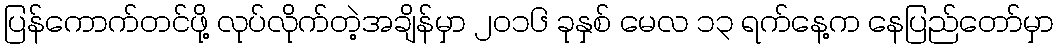
ပြန်ကောက်တင်ဖို့ လုပ်လိုက်တဲ့အချိန်မှာ ၂၀၁၆ ခုနှစ် မေလ ၁၃ ရက်နေ့က နေပြည်တော်မှာ